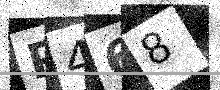
Text: P468